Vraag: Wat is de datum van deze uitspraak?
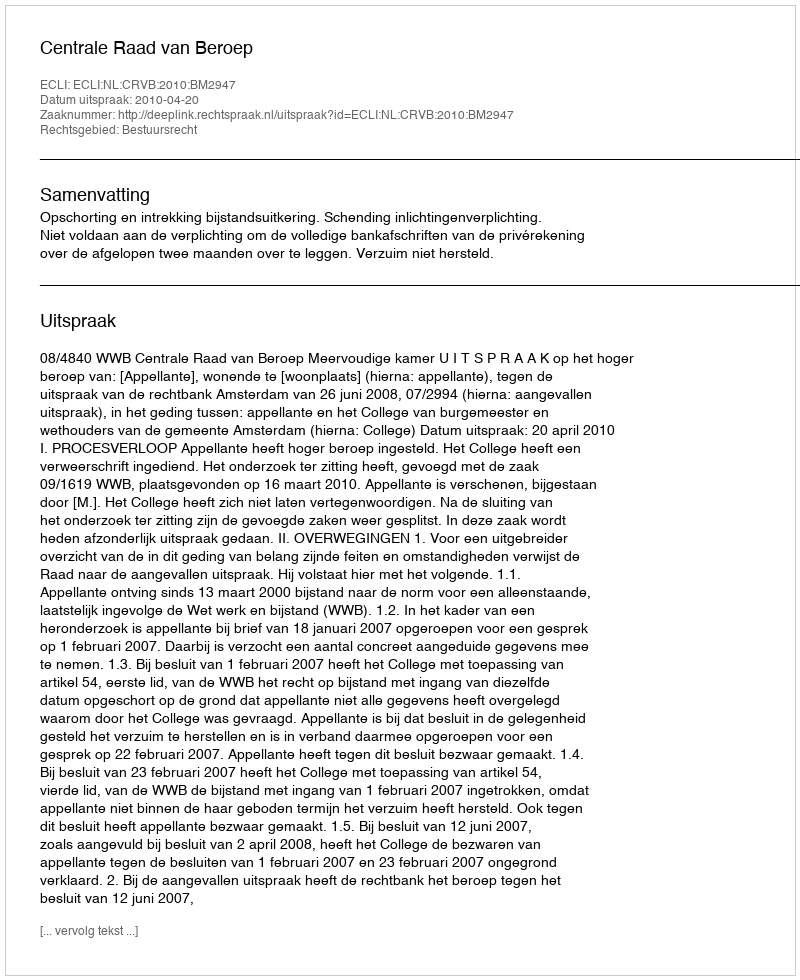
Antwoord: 2010-04-20